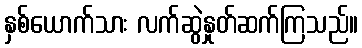
နှစ်ယောက်သား လက်ဆွဲနှုတ်ဆက်ကြသည်။